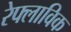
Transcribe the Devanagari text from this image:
रेफ्लाविक